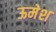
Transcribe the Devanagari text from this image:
ऊमेश